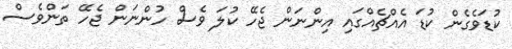
ކުޑަވެގެން ކުޑަ އެއްޗެއްގައި އިންނަން ޖެހޭ ކުލަ ވެސް ހުންނަން ޖެހޭ ތަންވެސް